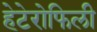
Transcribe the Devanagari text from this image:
हेटेरोफिली